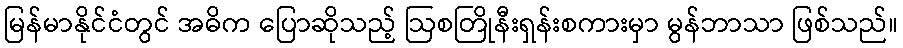
မြန်မာနိုင်ငံတွင် အဓိက ပြောဆိုသည့် ဩစတြိုနီးရှန်းစကားမှာ မွန်ဘာသာ ဖြစ်သည်။